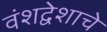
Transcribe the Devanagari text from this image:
वंशद्वेशाचे